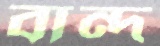
বান্দ